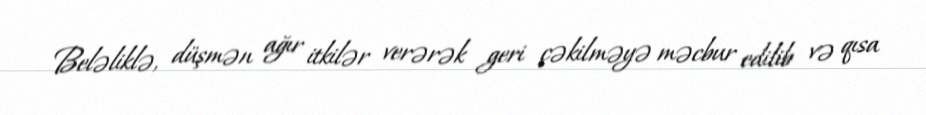
Beləliklə, düşmən ağır itkilər verərək geri çəkilməyə məcbur edilib və qısa